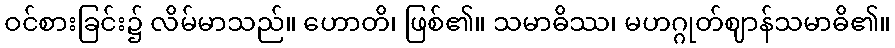
ဝင်စားခြင်း၌ လိမ်မာသည်။ ဟောတိ၊ ဖြစ်၏။ သမာဓိဿ၊ မဟဂ္ဂုတ်ဈာန်သမာဓိ၏။